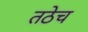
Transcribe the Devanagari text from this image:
तठेच